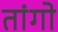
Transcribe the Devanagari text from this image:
तांगो